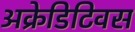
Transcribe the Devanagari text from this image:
अक्रेडिटिवस